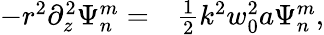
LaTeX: \begin{array}{rl}{-r^{2}\partial_{z}^{2}\Psi_{n}^{m}=}&{{}\frac{1}{2}k^{2}w_{0}^{2}a\Psi_{n}^{m},}\end{array}